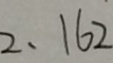
2 , 1 6 2